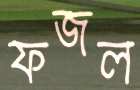
ফজল